Source: Handwritten
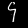
Digit: ၄ (4)